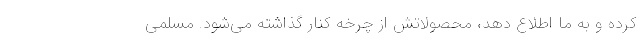
کرده و به ما اطلاع دهد، محصولاتش از چرخه کنار گذاشته می‌شود. مسلمی